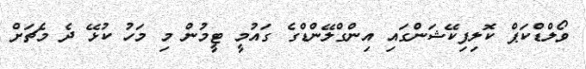
ވޯލްޑްކަޕް ކޮލިފިކޭޝަންގައި އިންގްލޭންޑްގެ ގައުމީ ޓީމުން މި މަހު ކުޅޭ ދެ މެޗަށް